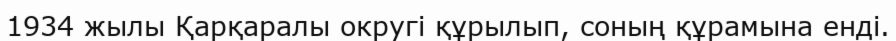
1934 жылы Қарқаралы округі құрылып, соның құрамына енді.